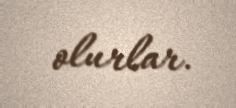
olurlar.